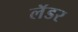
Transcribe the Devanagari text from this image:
लॅडर